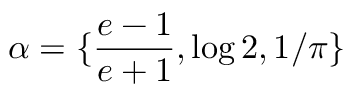
\alpha = \{ \frac { e - 1 } { e + 1 } , \log 2 , 1 / \pi \}